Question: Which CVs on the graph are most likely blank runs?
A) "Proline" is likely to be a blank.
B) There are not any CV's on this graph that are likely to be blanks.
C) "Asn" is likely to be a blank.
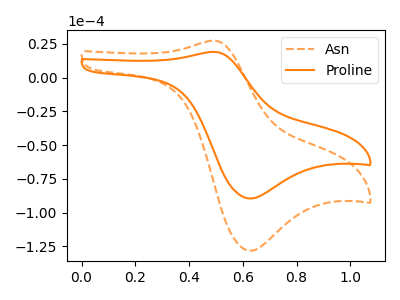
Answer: <think>The orange dashed curve "Asn" has an anodic peak at (0.50V, 27.40uA) and a cathodic peak at (0.65V, -128.25uA). The orange curve "Proline" has an anodic peak at (0.50V, 19.15uA) and a cathodic peak at (0.65V, -89.50uA).</think>
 <answer>B) There are not any CV's on this graph that are likely to be blanks.</answer>
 <eval>B</eval>